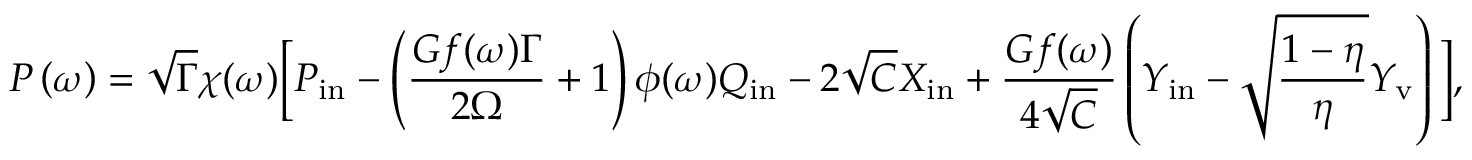
P \ensuremath { \left( \omega \right) } = \sqrt { \Gamma } \chi ( \omega ) \bigg [ P _ { \mathrm { i n } } - \left( \frac { G f ( \omega ) \Gamma } { 2 \Omega } + 1 \right) \phi ( \omega ) Q _ { \mathrm { i n } } - 2 \sqrt { C } X _ { \mathrm { i n } } + \frac { G f ( \omega ) } { 4 \sqrt { C } } \left( { Y _ { \mathrm { i n } } } - \sqrt { \frac { 1 - \eta } { \eta } } Y _ { \mathrm { v } } \right) \bigg ] ,